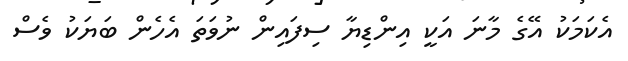
އެކަމަކު އޭގެ މާނަ އަކީ އިންޑިޔާ ސިފައިން ނުވަތަ އެހެން ބަޔަކު ވެސް